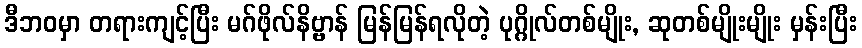
ဒီဘဝမှာ တရားကျင့်ပြီး မဂ်ဖိုလ်နိဗ္ဗာန် မြန်မြန်ရလိုတဲ့ ပုဂ္ဂိုလ်တစ်မျိုး, ဆုတစ်မျိုးမျိုး မှန်းပြီး